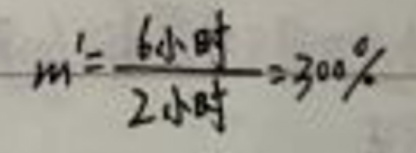
\(m'=\frac{6小时}{2小时}=300\%\)